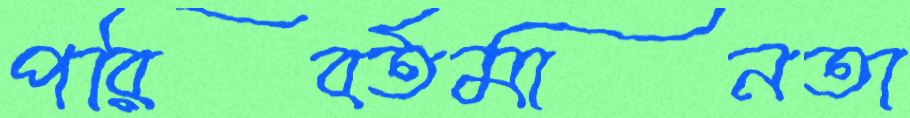
পরিবর্তমানতা